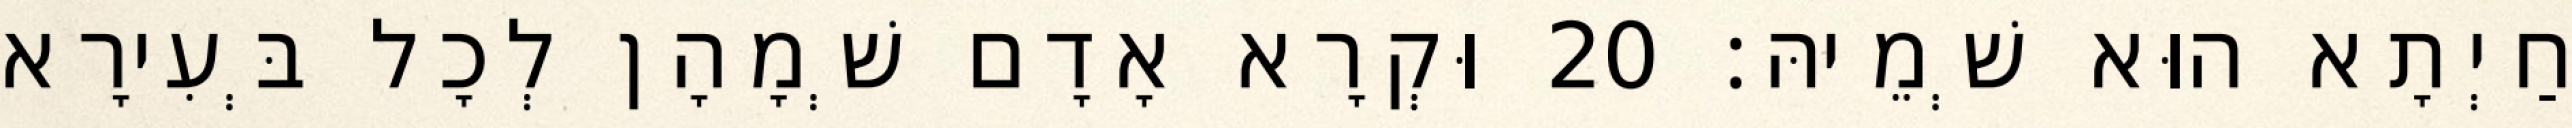
חַיְתָא הוּא שְׁמֵיהּ׃ 20 וּקְרָא אָדָם שְׁמָהָן לְכָל בְּעִירָא